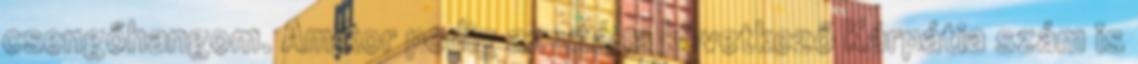
csengőhangom. Amikor pedig az utána következő Kárpátia szám is